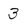
Character: 3